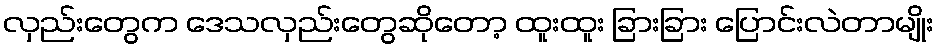
လှည်းတွေက ဒေသလှည်းတွေဆိုတော့ ထူးထူး ခြားခြား ပြောင်းလဲတာမျိုး